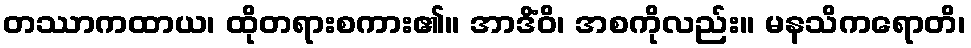
တဿာကထာယ၊ ထိုတရားစကား၏။ အာဒိံဝိ၊ အစကိုလည်း။ မနသိကရောတိ၊